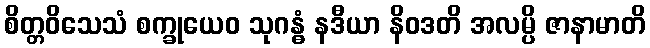
စိတ္တဝိသေသံ စက္ခုယေဝ သုဂန္ဓံ နဒီယာ နိဝဒတိ အလမ္ပိ ဇာနာမာတိ